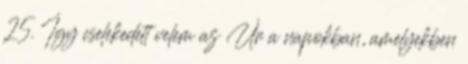
25. Így cselekedett velem az Úr a napokban, amelyekben